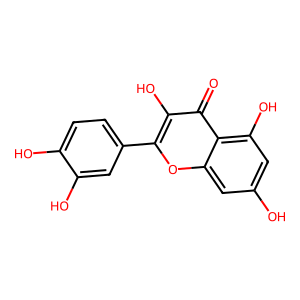
SMILES: O=c1c(O)c(-c2ccc(O)c(O)c2)oc2cc(O)cc(O)c12
Inhibits HIV replication: No